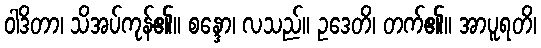
ဝါဒိတာ၊ သိအပ်ကုန်၏။ စန္ဒော၊ လသည်။ ဥဒေတိ၊ တက်၏။ အာပူရတိ၊